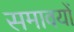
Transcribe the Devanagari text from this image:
समावयों